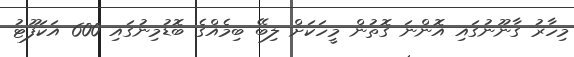
މިހާރު ގާނޫނުގައި އޮންނަ ގޮތުން މީހަކަށް ލިބޭ ބިމެއްގެ ބޮޑުމިނުގައި 600 އަކަފޫޓު